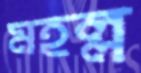
মহল্ল